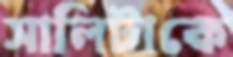
সালিটাকে